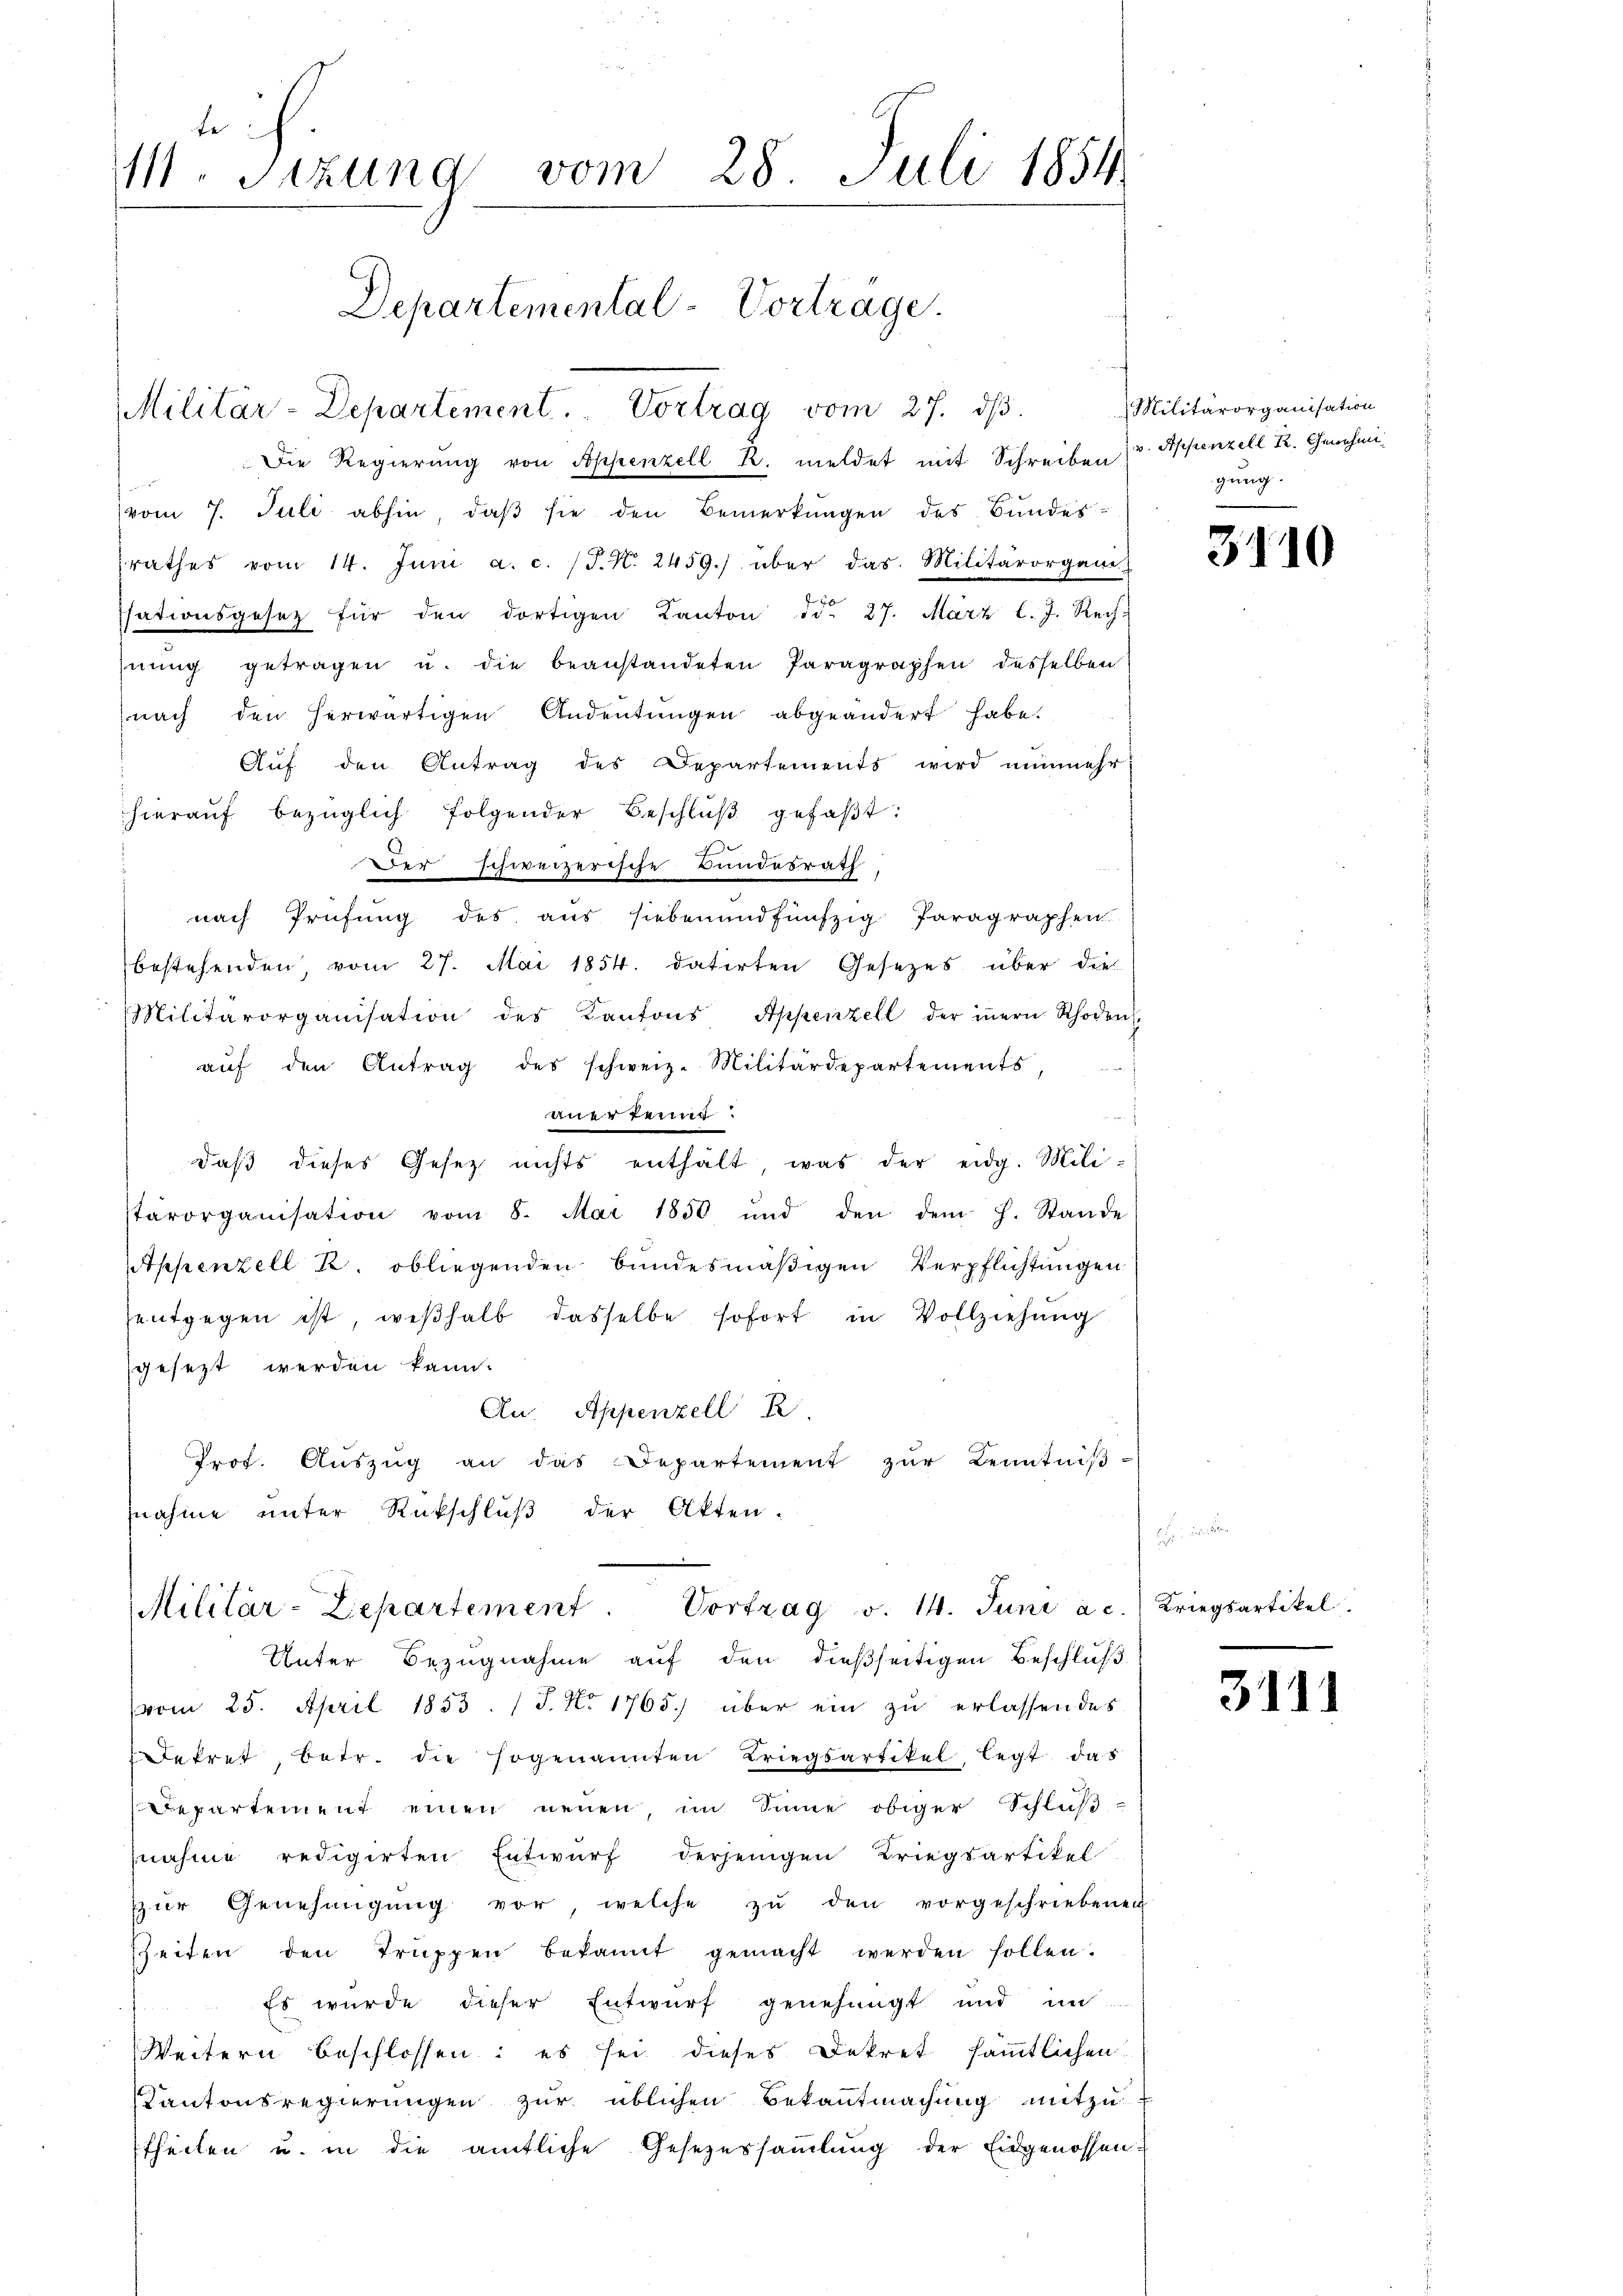
te
M. Sitzung vom 28. Juli 1854
Departemental-Vortrage.
Militär-Departement. Vortrag vom 27. dβ.

Die Regierung von Appenzell R. meldet mit Schreiben (v. Appenzell R. Genehmivom 7. Juli abhin, daβ sie den Bemerkungen des Bundes-
srathes vom 14. Juni a. c. (T. K. 2459.) über das Militärorgani
ssationsgesetz für den dortigen Kanton ddo 27. März l. J. Rech
nŭng getragen u. die beanstandeten Paragraphen desselben
nach den herwärtigen Andeutungen abgeändert habe.
Auf den Antrag des Departements wird nunmehr
hierauf bezüglich folgender Beschlŭβ gefaβt:
Der schweizerische Bundesrath
nach Prüfung des aus sieben und fünfzig Paragraphen.
bestehenden, vom 27. Mai 1854. datirten Gesezes über dies
Militärorganisation des Kantons Appenzell der iṅern Schoden,
aŭf den Antrag des schweiz. Militärdepartements,
anerkennt
daß dieses Gesetz nichts enthält, was der eidg. Mili-
stärorganisation vom 8. Mai 1850 und den dem h. Stande
Appenzell K. obliegenden bundesmäßigen Verpflichtungen
entgegen ist, weshalb dasselbe sofort in Vollziehŭng
gesezt werden kann.
An. Appenzell R
Prof. Aŭszŭg an das Departement zŭr Kenntniβ-
fnahme unter Rückschluß der Akten.

Militärorganisation
gung.
2

Militär-Zepartement. Vortrag v. 14. Juni à c.) Kriegsartikel.
Unter Bezugnahme auf den dießseitigen Beschluß

(vom 25. April 1853. / J. No 1765.) über ein zu erlassen des
Dekret, betr. die sogenannten Kriegsartikel legt, das
Departement einen neuen, im Sinne obiger Schluß
nahme redigirten Entwurf derjenigen Kriegsartikel
zŭr Genehmigŭng vor, welche zŭ den vorgeschriebenen
sheiten den Truppen bekannt gemacht werden sollen.
Es wurde dieser Entwurf genehmigt und im
Weitern beschlossen: es sei dieses Dekret sämtlichen
Kantonsregierungen zur üblichen Bekanntmachung mitzu
theilen u. in die amtliche Gesezessammlung der Eidgenossen

3110

3111